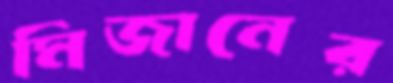
মিজানের